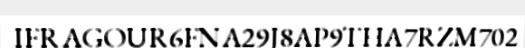
IFRAGOUR6FNA29J8AP9THA7RZM702